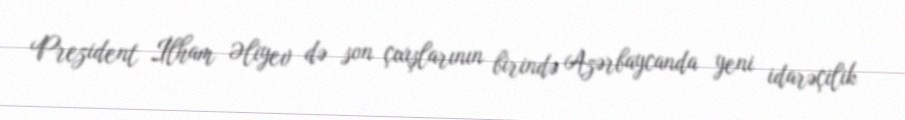
Prezident İlham Əliyev də son çıxışlarının birində Azərbaycanda yeni idarəçilik